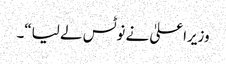
وزیراعلیٰ نے نوٹس لے لیا“۔